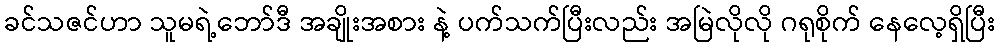
ခင်သဇင်ဟာ သူမရဲ့ဘော်ဒီ အချိုးအစား နဲ့ ပက်သက်ပြီးလည်း အမြဲလိုလို ဂရုစိုက် နေလေ့ရှိပြီး